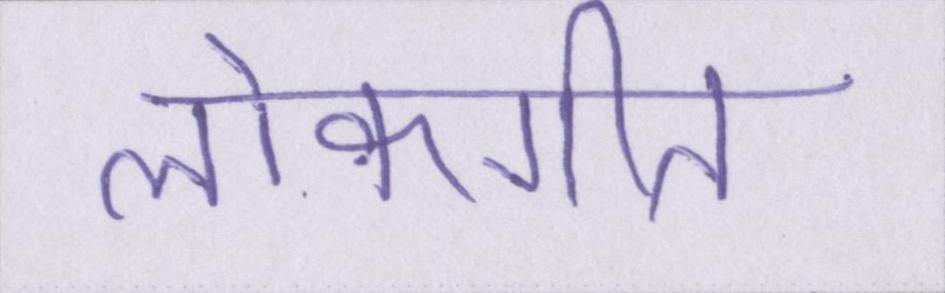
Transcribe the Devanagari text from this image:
लोकगीत